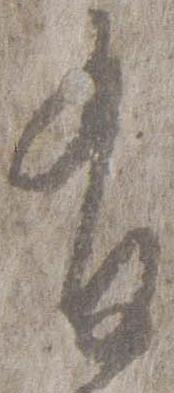
有